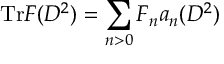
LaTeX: \mathrm { T r } F ( D ^ { 2 } ) = \displaystyle \sum _ { n > 0 } F _ { n } a _ { n } ( D ^ { 2 } )